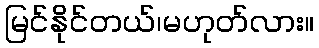
မြင်နိုင်တယ်၊မဟုတ်လား။